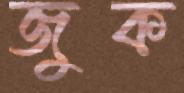
জুক